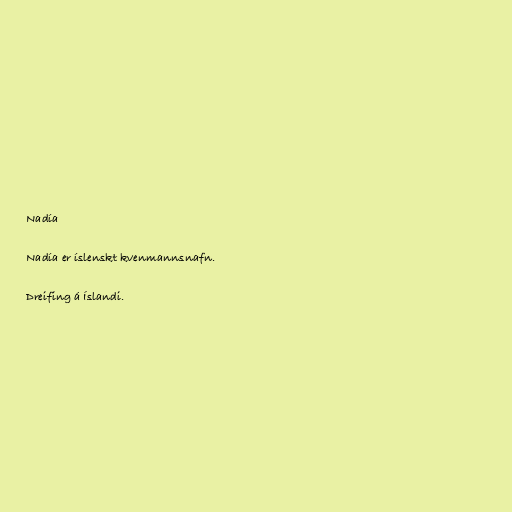
Nadía

Nadía er íslenskt kvenmannsnafn.

Dreifing á Íslandi.